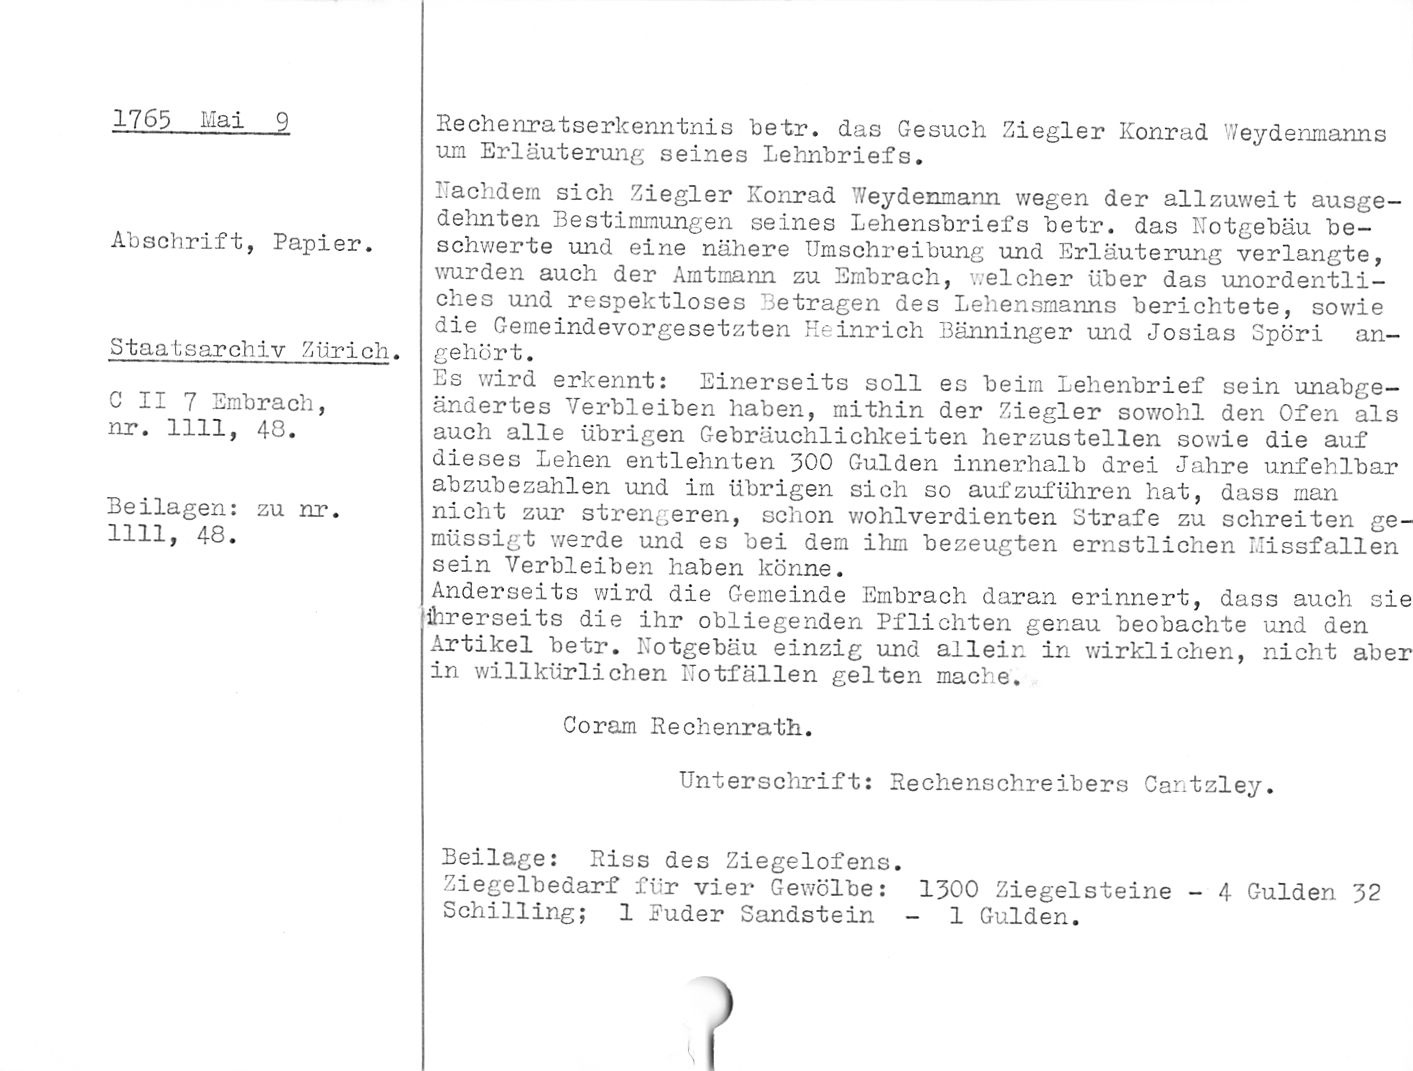
1765 Mai 9

Abschrift, Papier.

Staatsarchiv Zürich.

C II 7 Entbrach,
nr. 1111, 40.

Beilagen: zu nr.
1111, 48.

Rechenratserkenntnis betr. das Gesuch Ziegler Konrad 'Veydenraanns
um Erläuterung seines Lehnbriefs.

nachdem sich Ziegler Konrad 7/eydenmann wegen der allzuweit ausge¬
dehnten Bestimmungen seines Lehensbriefs betr. das Kotgebäu be¬
schwerte und eine nähere Umschreibung und Erläuterurig verlangte,
wurden auch der Amtmann zu Embrach, welcher über das unordentli¬
ches und respektloses Betragen des Lehensmanns berichtete, sowie
die Gemeindevorgesetzten Heinrich Bänninger und Josias Spöri an¬
gehört.

Es wird erkennt: Einerseits soll es beim Lehenbrief sein unabge-

ändertes Verbleiben haben, mithin der Ziegler sowohl den Ofen als
auch alle übrigen Gebräuchlichkeiten herzustellen sowie die auf
dieses Lehen entlehnten ZOO Gulden innerhalb drei Jahre unfehlbar
abzubezahlen und im übrigen sich so aufzuführen hat, dass man
nicht zur strengeren, schon wohlverdienten Strafe zu schreiten ge-
müssigt werde und es bei dem ihm bezeugten ernstlichen Missfallen
sein Verbleiben haben könne.

Anderseits wird die Gemeinde Embrach daran erinnert, dass auch sie
ihrerseits die ihr obliegenden Pflichten genau beobachte und den
Artikel betr. Kotgebäu einzig und allein in wirklichen, nicht aber
in willkürlichen Kotfällen gelten mache.

Coram Rechenrath.

Unterschrift: Rechenschreibers Cantzley.

Beilage: Riss des Ziegelofens.

Ziegelbedarf für vier Gewölbe: 1300 Ziegelsteine - 4 Gulden 32

Schilling; 1 Puder Sandstein - 1 Gulden.